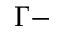
\Gamma -